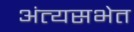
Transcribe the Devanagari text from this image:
अंत्यसभेत